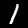
Digit: 1